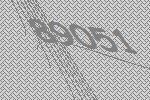
89051